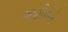
આહીરોનો